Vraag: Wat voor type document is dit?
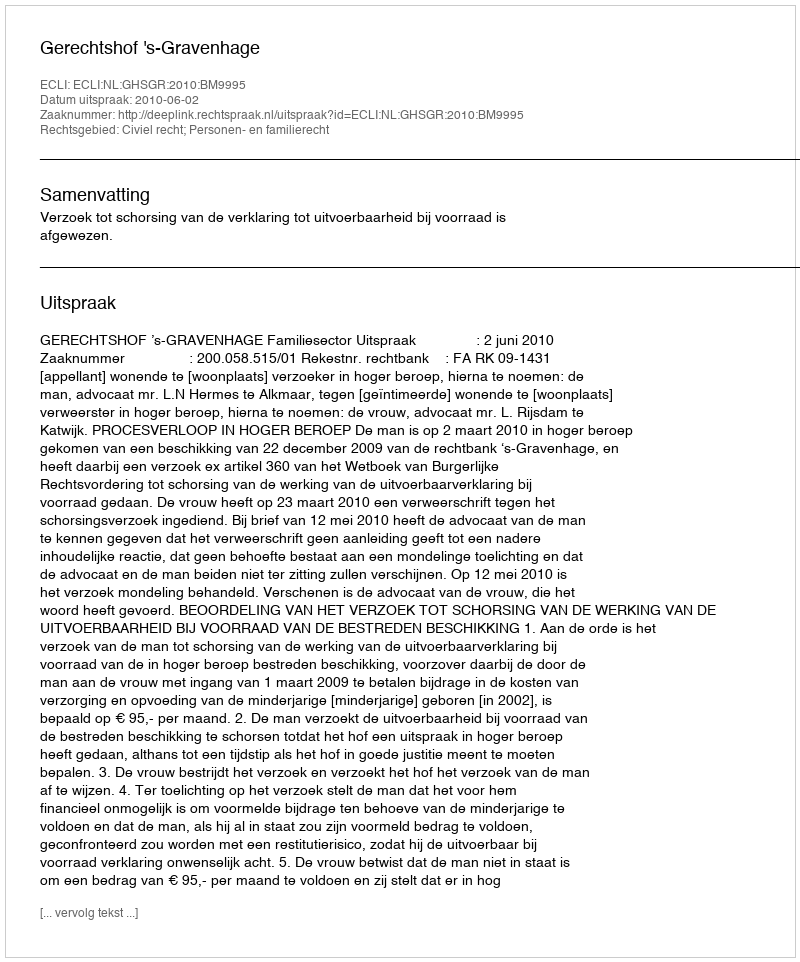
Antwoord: Uitspraak